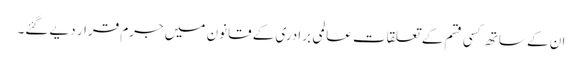
ان کے ساتھ کسی قسم کے تعلقات عالمی برادری کے قانون میں جرم قرار دیے گئے۔